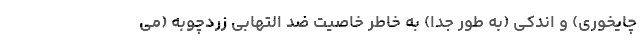
چایخوری) و اندکی (به طور جدا) به خاطر خاصیت ضد التهابی زردچوبه (می